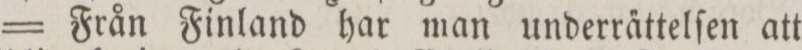
= Från Finland har man underra̋ttelſen att